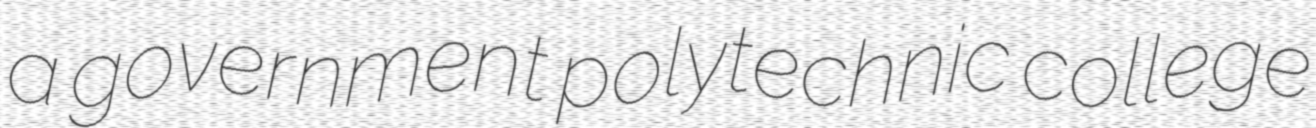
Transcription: a government polytechnic college